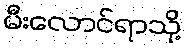
မီးလောင်ရာသို့